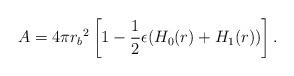
LaTeX: \begin{align*}A=4\pi {r_b}^2\left[1-\frac{1}{2}\epsilon (H_0(r)+H_1(r))\right].\end{align*}